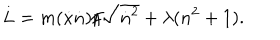
LaTeX: L = m ( { \dot { x } } { \dot { n } } ) / { \sqrt { { \dot { n } } ^ { 2 } } } + \lambda ( n ^ { 2 } + 1 ) . \,